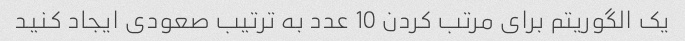
یک الگوریتم برای مرتب کردن 10 عدد به ترتیب صعودی ایجاد کنید